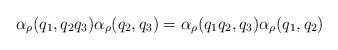
LaTeX: \begin{align*}\alpha_{\rho}(q_{1},q_{2}q_{3})\alpha_{\rho}(q_{2},q_{3})=\alpha_{\rho}(q_{1}q_{2},q_{3})\alpha_{\rho}(q_{1},q_{2}) \end{align*}